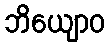
ဘိယျောဝ